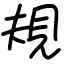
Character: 規